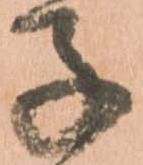
子